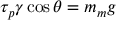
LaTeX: \tau _ { p } \gamma \cos \theta = m _ { m } g